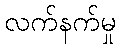
လက်နက်မှု